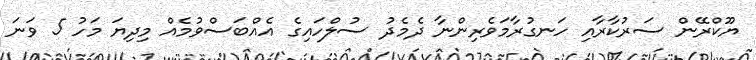
ޔޫކްރޭން ސަރުކާރާއި ހަނގުރާމަވެރިންނާ ދެމެދު ސުލްހައިގެ އެއްބަސްވުމެއް މިދިޔަ މަހު 5 ވަނަ